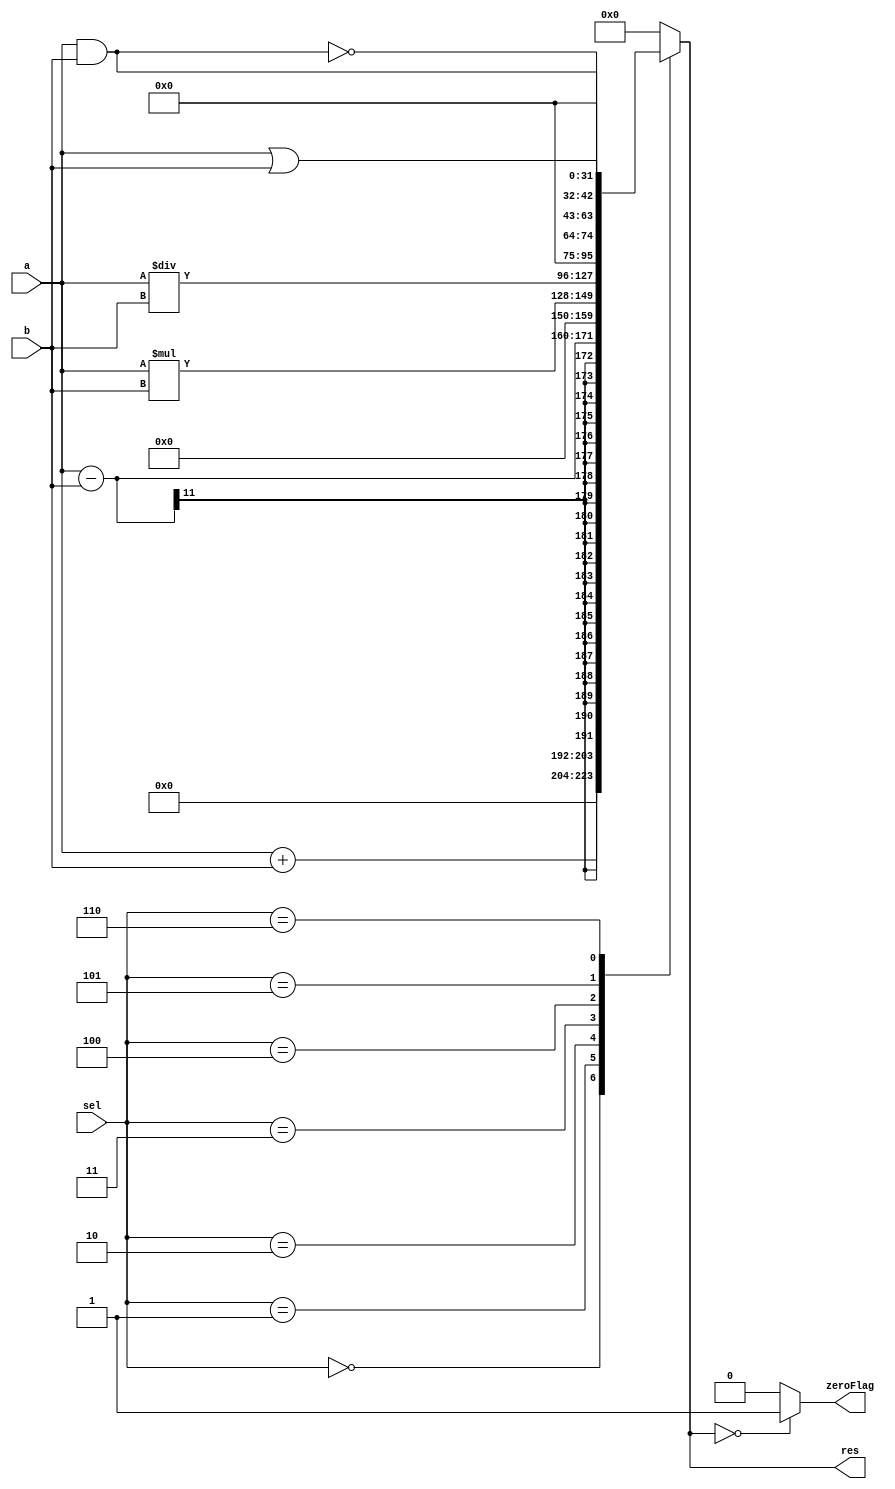
module ALU(
	input [10:0]
		a,
		b,
	input [2:0]sel,
	output reg zeroFlag,
	output reg [31:0]res
);
always @*
begin
	zeroFlag = 1'b0;
	case(sel)
		3'b000:	// Sum
			res = a+b;
		3'b001:	// Substraction
			res = a-b;
		3'b010:	// Multiplication
			res = a*b;
		3'b011:	// Division
			res = a/b;
		3'b100:	// AND
			res = a&b;
		3'b101:	// OR
			res = a|b;
		3'b110:	// NAND
			res = ~(a&b);
		default:
			res = 8'b0;
	endcase
	if(res == 8'b0)
	begin
		zeroFlag = 1'b1;
	end
end
endmodule